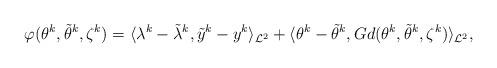
LaTeX: \begin{align*}\varphi(\theta^{k},\tilde{\theta}^{k},\zeta^k)=\langle\lambda^{k}-\tilde{\lambda}^{k},\tilde{y}^{k}-y^{k}\rangle_{\mathcal{L}^2}+\langle\theta^{k}-\tilde\theta^{k}, Gd(\theta^k,\tilde{\theta}^{k},\zeta^k)\rangle_{\mathcal{L}^2},\end{align*}